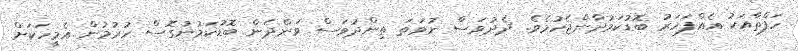
ހަފްތާއަކު އެއްފަހަރު ބޮޑުކަމުދާންޖެހުމެވެ. ދެދުވަސް ނުވަތަ ތިންދުވަސް ވަންދެން ބޮޑުކަމުނުގޮސް ހުރުމުން އެމީހަކަށް